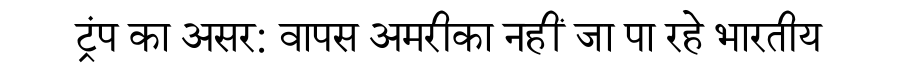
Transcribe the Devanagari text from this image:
ट्रंप का असर: वापस अमरीका नहीं जा पा रहे भारतीय